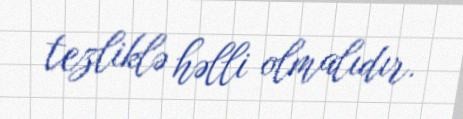
tezliklə həlli olmalıdır.